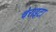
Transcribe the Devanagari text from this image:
चेराइटा